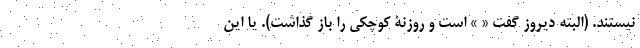
نیستند. (البته دیروز گفت « » است و روزنۀ کوچکی را باز گذاشت). یا این